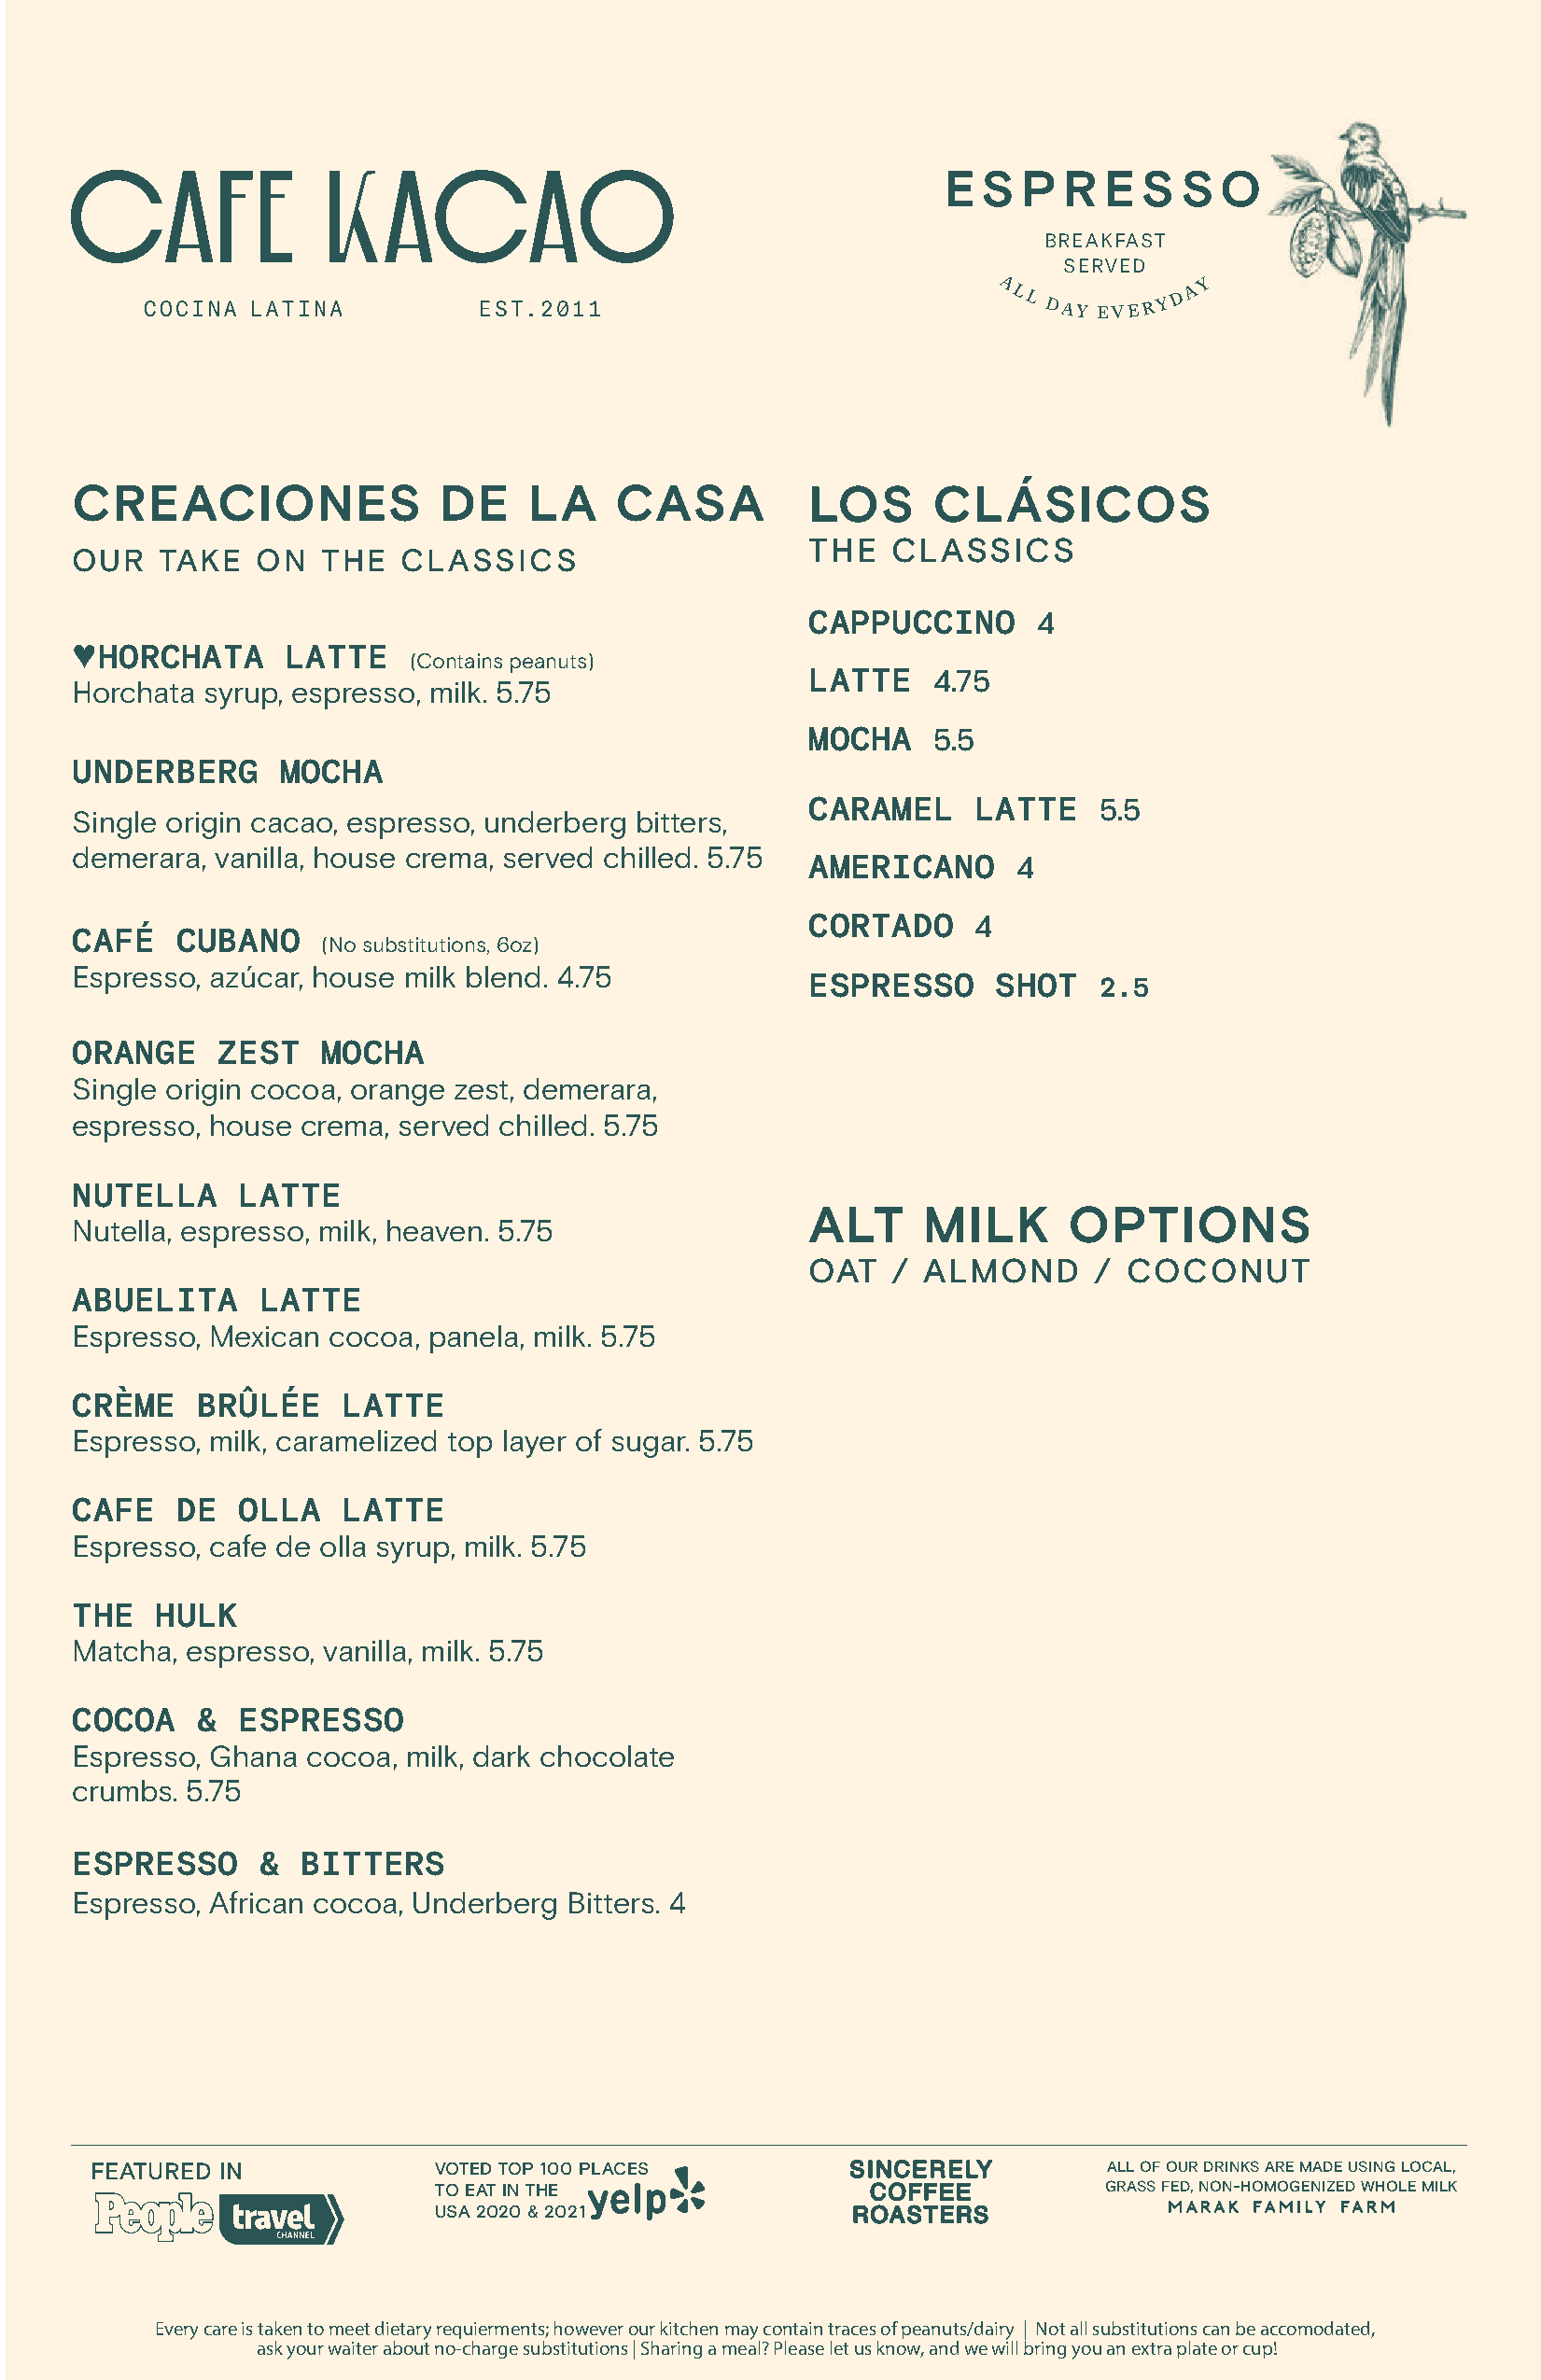
E  S P  R  E  S  S O
 BREAKFAST
 SERVED
 A LL
 DAY EVE R Y
 D A Y
 CREACIONES                DE    LA     CASA         LOS      CLÁSICOS
 THE   CLASSICS
 OUR   TAKE   ON   THE  CLASSICS
 CAPPUCCINO       4
 HORCHATA     LATTE
 ♥                       (Contains peanuts)
 LATTE    4.75
 Horchata syrup, espresso, milk. 5.75
 MOCHA    5.5
 UNDERBERG      MOCHA
 CARAMEL     LATTE    5.5
 Single origin cacao, espresso, underberg bitters,
 demerara, vanilla, house crema, served chilled. 5.75
 AMERICANO      4
 CORTADO     4
 CAFÉ   CUBANO
 (No substitutions, 6oz)
 Espresso, azúcar, house milk blend. 4.75
 ESPRESSO      SHOT   2.5
 ORANGE    ZEST    MOCHA
 Single origin cocoa, orange zest, demerara,
 espresso, house crema, served chilled. 5.75
 NUTELLA     LATTE
 ALT     MILK       OPTIONS
 Nutella, espresso, milk, heaven. 5.75
 OAT   / ALMOND       / COCONUT
 ABUELITA     LATTE
 Espresso, Mexican cocoa, panela, milk. 5.75
 CRÈME    BRÛLÉE    LATTE
 Espresso, milk, caramelized top layer of sugar. 5.75
 CAFE   DE   OLLA   LATTE
 Espresso, cafe de olla syrup, milk. 5.75
 THE   HULK
 Matcha, espresso, vanilla, milk. 5.75
 COCOA    &  ESPRESSO
 Espresso, Ghana  cocoa, milk, dark chocolate
 crumbs. 5.75
 ESPRESSO     &  BITTERS
 Espresso, African cocoa, Underberg Bitters. 4
 FEATURED  IN             VOTED TOP 100 PLACES                           ALL OF OUR DRINKS ARE MADE USING LOCAL,
 TO EAT IN THE                                  GRASS FED, NON-HOMOGENIZED WHOLE MILK
 USA 2020 & 2021
 $ 20
 Every care is taken to meet dietary requierments; however our kitchen may contain traces of peanuts/dairy | Not all substitutions can be accomodated,
 ask your waiter about no-charge substitutions | Sharing a meal? Please let us know, and we will bring you an extra plate or cup!